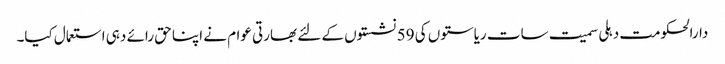
دارالحکومت دہلی سمیت سات ریاستوں کی 59 نشستوں کے لئے بھارتی عوام نے اپنا حق رائے دہی استعمال کیا۔